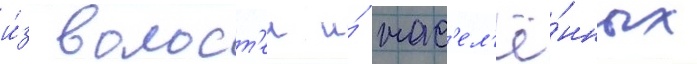
и́з волост'еи и́ нас'ел'ё́нных